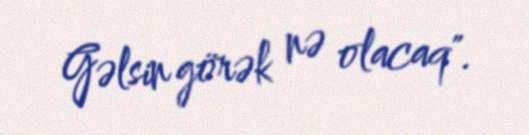
Gəlsin görək nə olacaq".